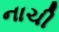
નાચી